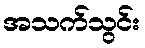
အသက်သွင်း